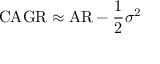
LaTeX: \mathrm { C A G R } \approx \mathrm { A R } - { \frac { 1 } { 2 } } \sigma ^ { 2 }